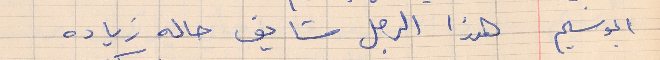
ابوسليم       هذا الرجل شايف حاله زياده